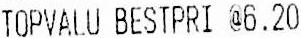
TOPVALU BESTPRI @6.20